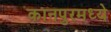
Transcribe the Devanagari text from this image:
कानपुरमध्ये